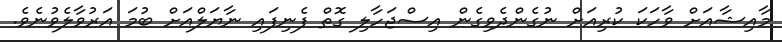
މާއިޝާއަށް ވާހަކަ ކުރިއަށް ނުގެންދެވިގެން އިސްޖަހާލި ގޮތް ފެނިފައި ނާޔަލްއަށް ބުމަ އަރުވާލެވުނެވެ.